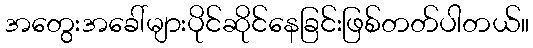
အတွေးအခေါ်များပိုင်ဆိုင်နေခြင်းဖြစ်တတ်ပါတယ်။